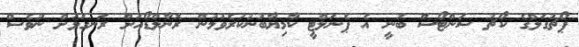
ޕޯޗުގަލްގެ ކޯޗު ސަންޓޯސް ބުނީ އެ ޕެނަލްޓީ ކާމިޔާބުނުކުރެވުމުން ރޮނާލްޑޯއަށް ރަނގަޅަށް ނުވެސް